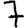
Digit: 7